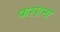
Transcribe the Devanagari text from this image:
फरग़ना